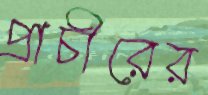
প্রাচীরের